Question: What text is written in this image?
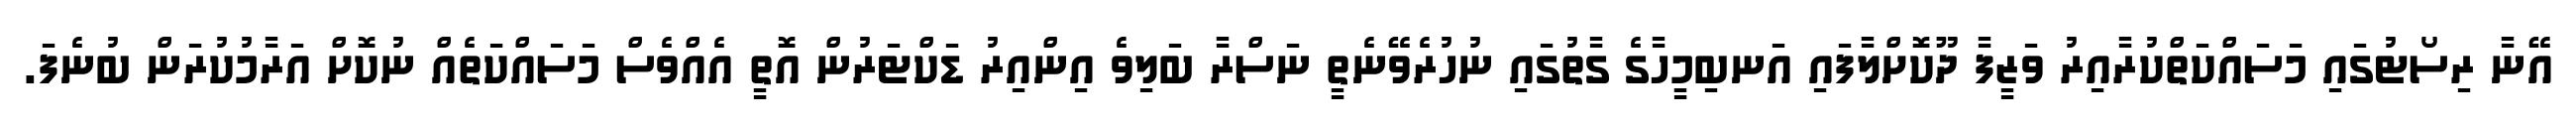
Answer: އޭނާ ރިސޯޓުގައި މަސައްކަތްކުރާއިރު ވަޒީފާ ދޫކޮށްލާފައި އަނބިމީހާގެ ގާތުގައި ނުހުރެވޭނެތީ ނަސްރާ ބަލިވެ އިންއިރު ޑަކްޓަރުން އޮތީ އެއްވެސް މަސައްކަތެއް ނުކޮށް އަރާމުކުރަން ބުނެފަ.